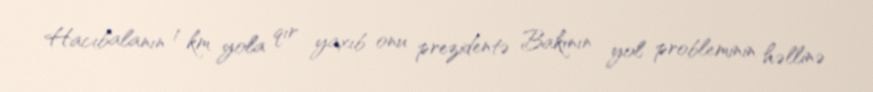
Hacıbalanın 1 km yola qır yaxıb onu prezidentə Bakının yol probleminin həllinə